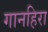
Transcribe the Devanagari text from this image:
गानहिरा